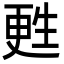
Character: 甦